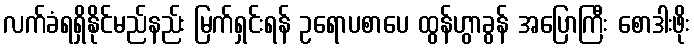
လက်ခံရရှိနိုင်မည်နည်း မြက်ရှင်းရန် ဥရောပစာပေ ထွန်ဟွာခွန် အပြောကြီး စောဒါးဖိုး